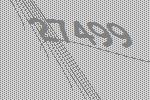
27499